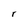
Character: r